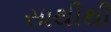
સાથીથી